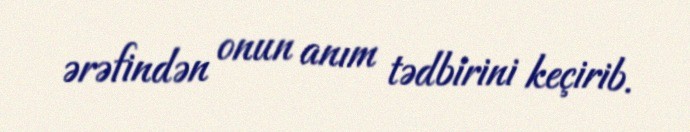
ərəfindən onun anım tədbirini keçirib.